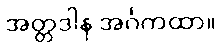
အတ္တဒါန အင်္ဂကထာ။